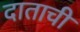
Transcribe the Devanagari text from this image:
दाताची